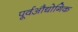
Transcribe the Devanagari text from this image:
पूर्वऔद्योगिक